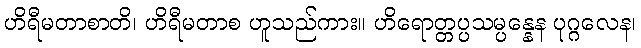
ဟိရီမတာစာတိ၊ ဟိရီမတာစ ဟူသည်ကား။ ဟိရောတ္တပ္ပသမ္ပန္နေန ပုဂ္ဂလေန၊